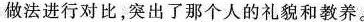
做法进行对比，突出了那个人的礼貌和教养。